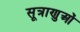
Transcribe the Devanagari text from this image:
सूत्राणुओं